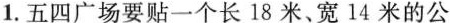
1.五四广场要贴一个长18米、宽14米的公